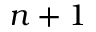
n + 1